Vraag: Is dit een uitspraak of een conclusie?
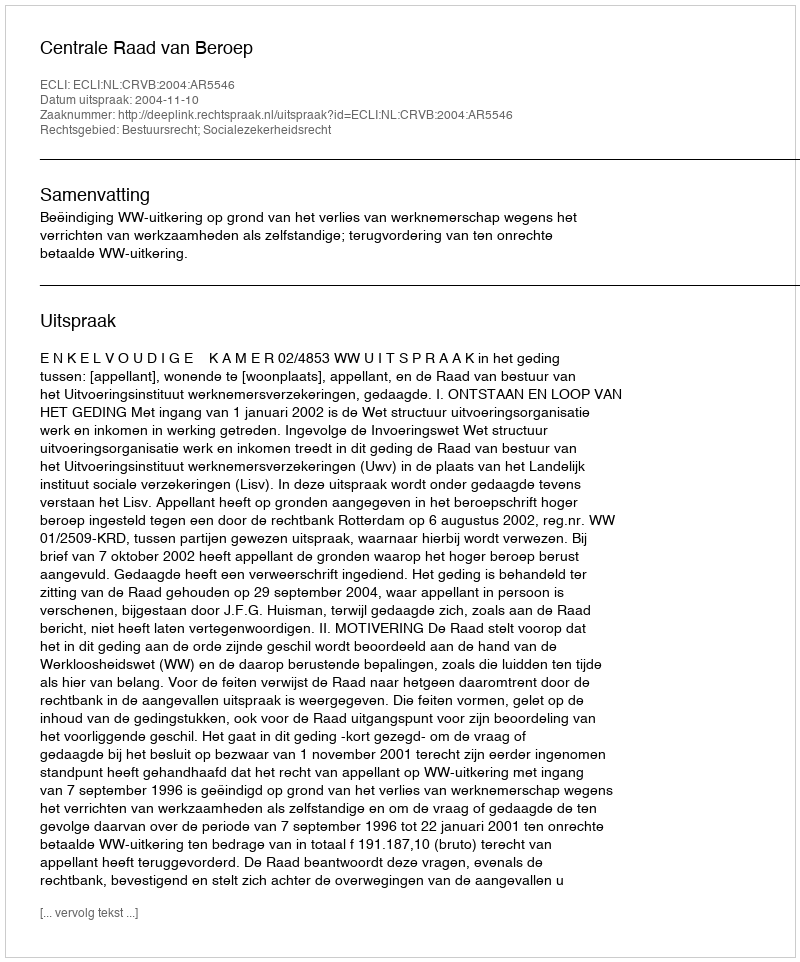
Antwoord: Uitspraak